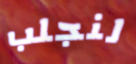
لنجلب